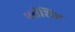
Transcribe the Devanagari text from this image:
परीशिष्ट